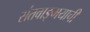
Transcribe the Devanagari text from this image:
संतवाङ्‌मयाची